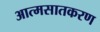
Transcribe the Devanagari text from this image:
आत्मसातकरण